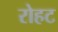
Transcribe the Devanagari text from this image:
रोहट